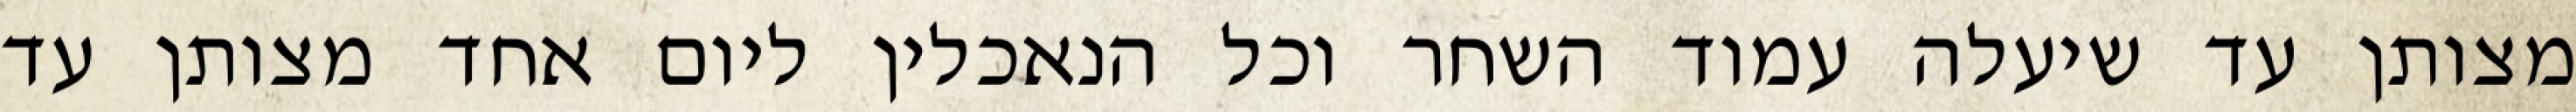
מצותן עד שיעלה עמוד השחר וכל הנאכלין ליום אחד מצותן עד